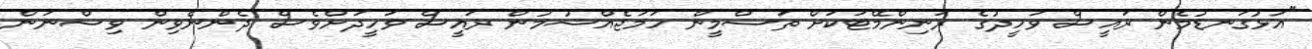
"އަޅުގަނޑުމެން ރައީސް ވަހީދުގެ ރަނިންމޭޓަކަށް ތަސްމީން ހަމަޖެއްސުމުން ރައީސް ވަހީދަށްވެސް ދެންނެވިން ވިސްނަން.